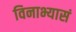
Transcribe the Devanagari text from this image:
विनाभ्यासं